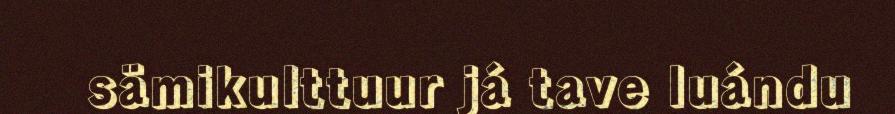
sämikulttuur já tave luándu